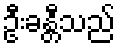
ဦးခန္တီသည်